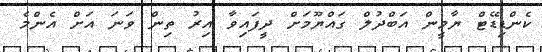
ކެންޑިޑޭޓް ޔާމީން އަބްދުލް ގައްޔޫމަށް ދީފައިވާ އިރު ތިން ވަނަ އަށް އެންމެ